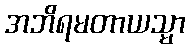
အဘိရမတာယသ္မာ